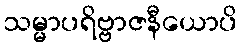
သမ္မာပရိဗ္ဗာဇနီယောပိ